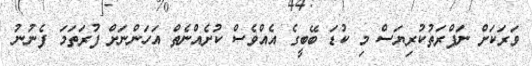
ވަރަކަށް ނަފްރަތުކުރިޔަސް މި ކުޑަ ބޭބީގެ އެއްވެސް ކުށެއްނެތް އަހަންނަށް ފުރަތަމަ ފެނުނު